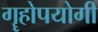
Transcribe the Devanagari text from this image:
गॄहोपयोगी